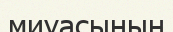
миуасының